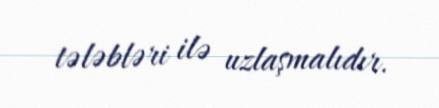
tələbləri ilə uzlaşmalıdır.